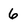
Character: 6